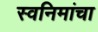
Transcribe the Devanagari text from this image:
स्वनिमांचा